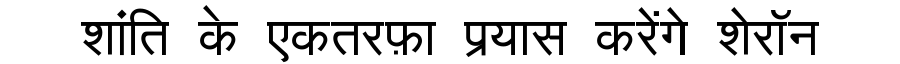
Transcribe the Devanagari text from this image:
शांति के एकतरफ़ा प्रयास करेंगे शेरॉन